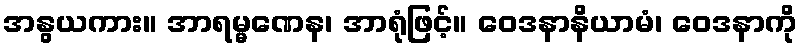
အနွယကား။ အာရမ္မဏေန၊ အာရုံဖြင့်။ ဝေဒနာနိယာမံ၊ ဝေဒနာကို